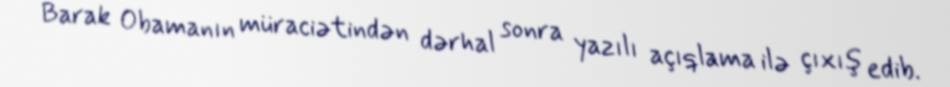
Barak Obamanın müraciətindən dərhal sonra yazılı açıqlama ilə çıxış edib.